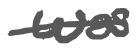
Text: was
Cross-out: mix
Writing tool: digital_gray